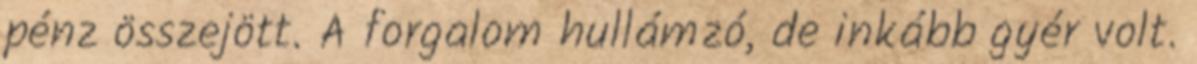
pénz összejött. A forgalom hullámzó, de inkább gyér volt.